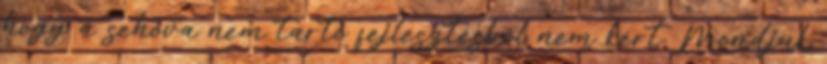
hogy a sehova nem tartó fejlesztésből nem kért. Mondjuk